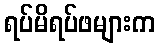
ရပ်မိရပ်ဖများက